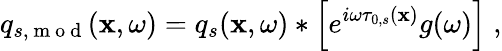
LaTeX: q_{s,\mathrm{~m~o~d~}}(\mathbf{x},\omega)=q_{s}(\mathbf{x},\omega)*\left[e^{i\omega\tau_{0,s}(\mathbf{x})}g(\omega)\right]\; ,